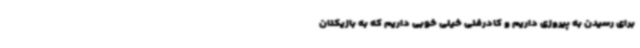
برای رسیدن به پیروزی داریم و کادرفنی خیلی خوبی داریم که به بازیکنان